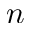
n